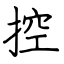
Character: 控